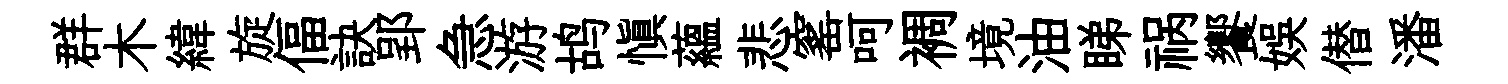
群木緯旋偪訣郢急游鸪慎藴悲窰呵裯境油睇祸饗娱僣潘